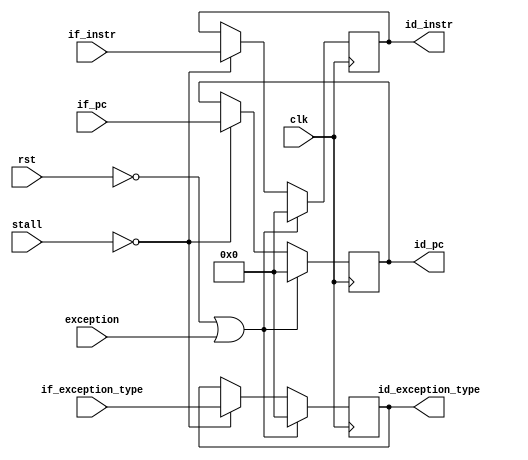
module if_id(
    input                    rst,
    input                    clk,
    input  [31:0]            if_pc,
    input  [31:0]            if_instr,
    input                    exception,
    input  [3:0]             stall,
	input  [31:0]            if_exception_type,
		
	output reg [31:0]        id_exception_type,
    output reg [31:0]        id_pc,
    output reg [31:0]        id_instr
);

always @ (posedge clk) begin
    if (rst == 1'b0 || exception == 1'b1) begin
        id_pc <= 32'b0;
        id_instr <= 32'b0;
        id_exception_type <= 6'h0;
    end 
    else if (stall == 4'b0000)begin
        id_pc <= if_pc;
        id_instr <= if_instr;
        id_exception_type <= if_exception_type;
    end
end
endmodule